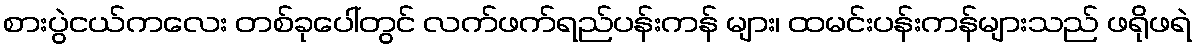
စားပွဲငယ်ကလေး တစ်ခုပေါ်တွင် လက်ဖက်ရည်ပန်းကန် များ၊ ထမင်းပန်းကန်များသည် ဖရိုဖရဲ